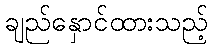
ချည်နှောင်ထားသည့်